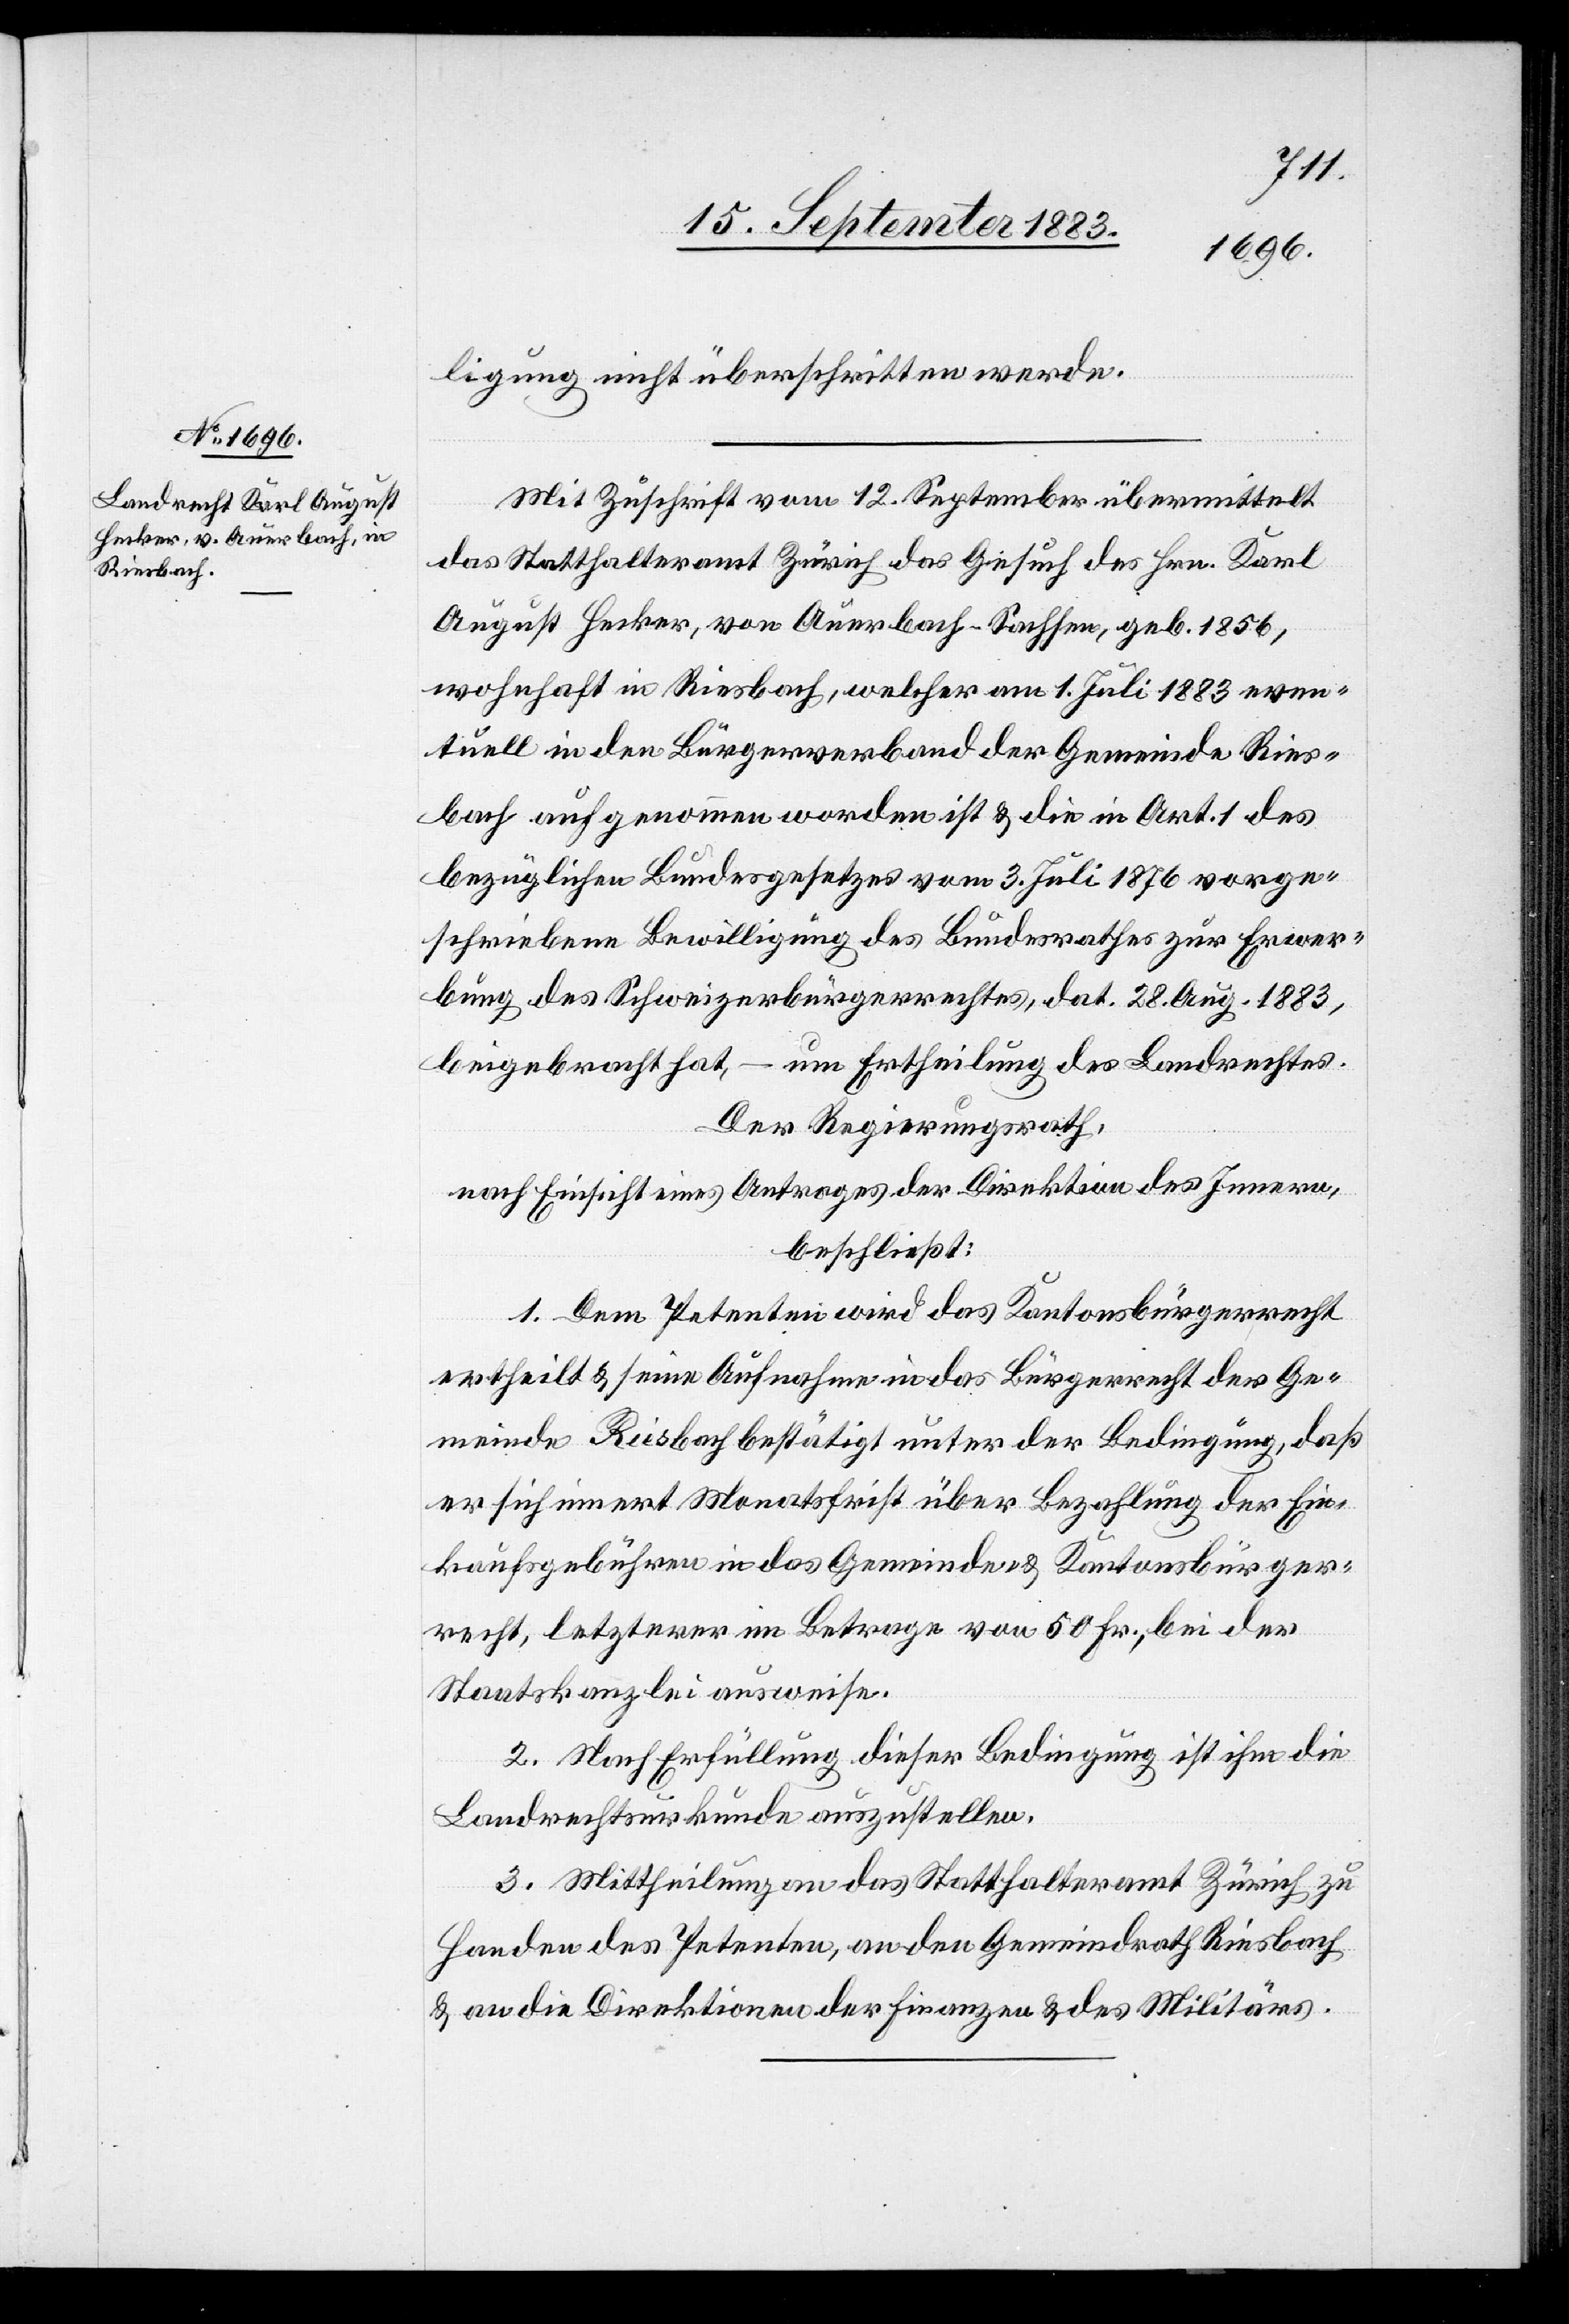
ligung nicht überschritten werde.
Mit Zuschrift vom 12. September übermittelt
das Statthalteramt Zürich das Gesuch des Hrn. Karl
August Hecker, von Auerbach - Sachsen, geb. 1856,
wohnhaft in Riesbach, welcher am 1. Juli 1883 even¬
tuell in den Bürgerverband der Gemeinde Ries¬
bach aufgenommen worden ist & die in Art. 1 des
bezüglichen Bundesgesetzes vom 3. Juli 1876 vorge¬
schriebene Bewilligung des Bundesrathes zur Erwer¬
bung des Schweizerbürgerrechtes, dat. 28. Aug. 1883,
beigebracht hat, – um Ertheilung des Landrechtes.
Der Regierungsrath,
nach Einsicht eines Antrages der Direktion des Innern,
beschließt:
1. Dem Petenten wird das Kantonsbürgerrecht
ertheilt & seine Aufnahme in das Bürgerrecht der Ge¬
meinde Riesbach bestätigt unter der Bedingung, daß
er sich innert Monatsfirst über Bezahlung der Ein¬
kaufsgebühren in das Gemeinde- & Kantonsbürger¬
recht, letzterer im Betrage von 50 Fr., bei der
Staatskanzlei ausweise.
2. Nach Erfüllung dieser Bedingung ist ihm die
Landrechtsurkunde auszustellen.
3. Mittheilung an das Statthalteramt Zürich zu
Handen des Petenten, an den Gemeindrath Riesbach
& an die Direktionen der Finanzen & des Militärs.